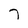
Character: 7